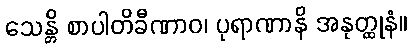
သေန္တိ စာပါတိခီဏာဝ၊ ပုရာဏာနိ အနုတ္ထုနံ။